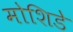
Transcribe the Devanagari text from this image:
मोशिडे